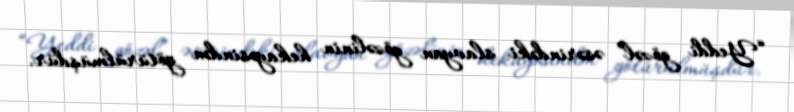
“Yeddi gözəl” əsərindəki slavyan gözəlinin hekayəsindən götürülmüşdür.